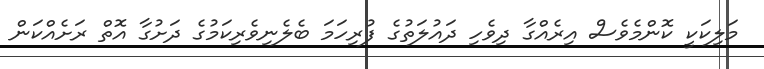
މަލިކަކީ ކޮންމެވެސް އިރެއްގާ ދިވެހި ދައުލަތުގެ ފުރިހަމަ ބެލެނިވެރިކަމުގެ ދަށުގާ އޮތް ރަށެއްކަން